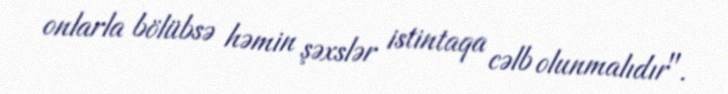
onlarla bölübsə həmin şəxslər istintaqa cəlb olunmalıdır".